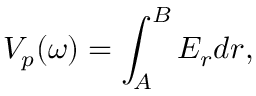
V _ { p } ( \omega ) = \int _ { A } ^ { B } E _ { r } d r ,